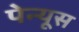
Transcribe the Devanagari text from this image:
पेन्यूस